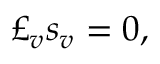
\pounds _ { v } s _ { v } = 0 ,